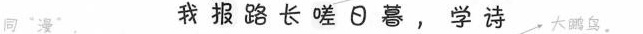
同"漫" 我报路长嗟日暮，学诗 大鹏鸟。